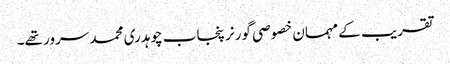
تقریب کے مہمان خصوصی گورنر پنجاب چوہدری محمد سرور تھے۔